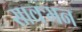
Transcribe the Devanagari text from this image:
साक्मन